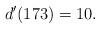
LaTeX: \begin{align*} d'( 173 ) = 10.\end{align*}